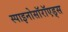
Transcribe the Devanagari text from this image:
स्पाइनोसॉरॉएड्स